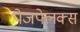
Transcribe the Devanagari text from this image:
पेजफ्लेक्स